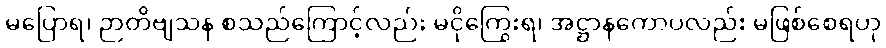
မပြောရ၊ ဉာတိဗျသန စသည်ကြောင့်လည်း မငိုကြွေးရ၊ အဋ္ဌာနကောပလည်း မဖြစ်စေရဟု